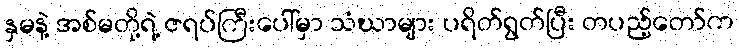
နှမနဲ့ အစ်မတို့ရဲ့ ဇရပ်ကြီးပေါ်မှာ သံဃာများ ပရိတ်ရွတ်ပြီး တပည့်တော်က